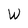
Character: W